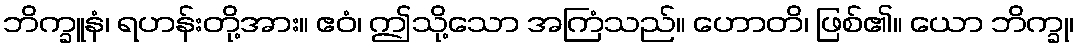
ဘိက္ခူနံ၊ ရဟန်းတို့အား။ ဧဝံ၊ ဤသို့သော အကြံသည်။ ဟောတိ၊ ဖြစ်၏။ ယော ဘိက္ခု၊